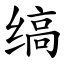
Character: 缟